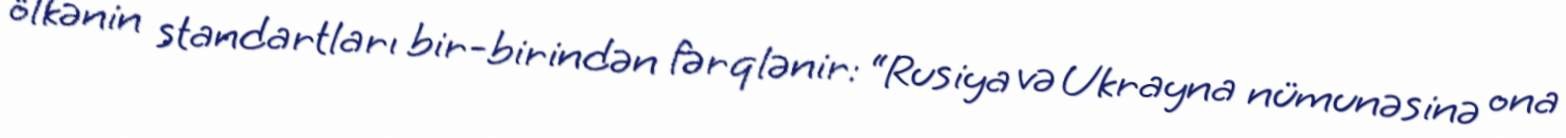
ölkənin standartları bir-birindən fərqlənir: “Rusiya və Ukrayna nümunəsinə ona